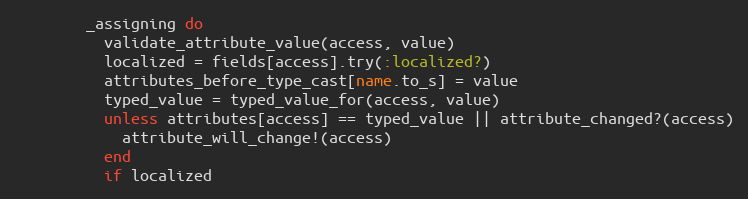
Language: Ruby
        _assigning do
          validate_attribute_value(access, value)
          localized = fields[access].try(:localized?)
          attributes_before_type_cast[name.to_s] = value
          typed_value = typed_value_for(access, value)
          unless attributes[access] == typed_value || attribute_changed?(access)
            attribute_will_change!(access)
          end
          if localized